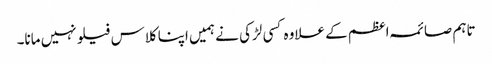
تاہم صائمہ اعظم کے علاوہ کسی لڑکی نے ہمیں اپنا کلاس فیلو نہیں مانا۔